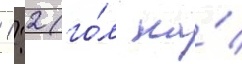
 1:2 (го́л на́